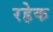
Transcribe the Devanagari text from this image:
रहेक